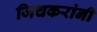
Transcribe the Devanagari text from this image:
जिचकरांनी